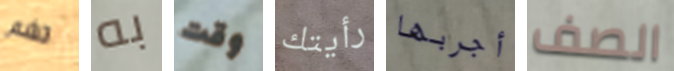
تشم به وقت رأيتك أجربها الصف